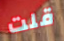
قلت